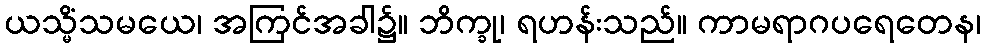
ယသ္မိံသမယေ၊ အကြင်အခါ၌။ ဘိက္ခု၊ ရဟန်းသည်။ ကာမရာဂပရေတေန၊